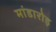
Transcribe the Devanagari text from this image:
मांडारोड़